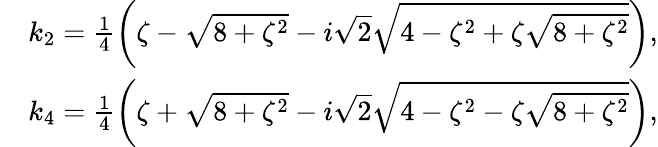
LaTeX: \begin{array}{rl}&{k_{2}=\frac{1}{4}\bigg(\zeta-\sqrt{8+\zeta^{2}}-i\sqrt{2}\sqrt{4-\zeta^{2}+\zeta\sqrt{8+\zeta^{2}}}\bigg),}\\ &{k_{4}=\frac{1}{4}\bigg(\zeta+\sqrt{8+\zeta^{2}}-i\sqrt{2}\sqrt{4-\zeta^{2}-\zeta\sqrt{8+\zeta^{2}}}\bigg),}\end{array}